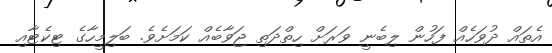
އެތައް ދުވަހެއް ފަހުން ލިބެނީ ވަރަށް ހިތްދަތި ޖަވާބެއް ކަމަށެވެ. ބަލިމީހާގެ ޓިކެޓާއި